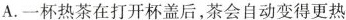
A.一杯热茶在打开杯盖后，茶会自动变得更热